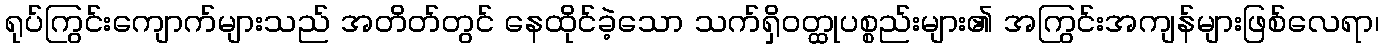
ရုပ်ကြွင်းကျောက်များသည် အတိတ်တွင် နေထိုင်ခဲ့သော သက်ရှိဝတ္ထုပစ္စည်းများ၏ အကြွင်းအကျန်များဖြစ်လေရာ၊